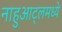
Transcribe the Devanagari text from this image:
नाहुआट्लमध्ये